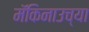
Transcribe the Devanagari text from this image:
मॅकिनाउच्या